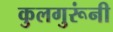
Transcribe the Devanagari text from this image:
कुलगुरूंनी